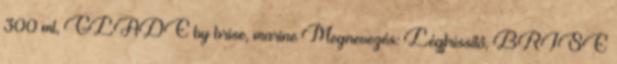
300 ml, GLADE by brise, marine Megnevezés: Légfrissítő, BRISE